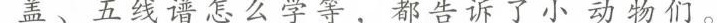
盖、五线谱怎么学等，都告诉了小动物们。